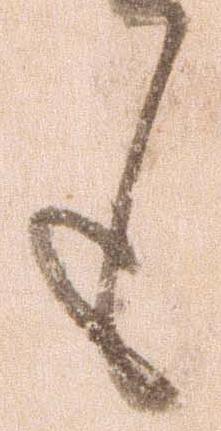
も